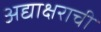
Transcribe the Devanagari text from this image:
अद्याक्षराची